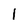
Character: l